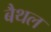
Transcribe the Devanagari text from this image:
बैथल